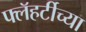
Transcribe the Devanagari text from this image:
फ्लॅहर्टीच्या